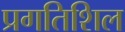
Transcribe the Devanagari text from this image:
प्रगतिशिल